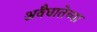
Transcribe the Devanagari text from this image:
अवैधातेच्या